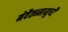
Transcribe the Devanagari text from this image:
मेवैतन्मानुष्यै